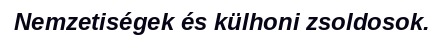
Nemzetiségek és külhoni zsoldosok.